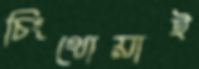
চিংথোয়াই